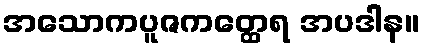
အသောကပူဇကတ္ထေရ အပဒါန။